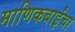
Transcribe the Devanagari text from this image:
माणिकबाईंचा